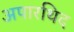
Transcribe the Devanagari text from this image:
अपारथिद